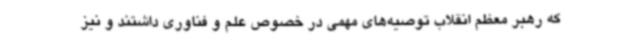
که رهبر معظم انقلاب توصیه‌های مهمی در خصوص علم و فناوری داشتند و نیز